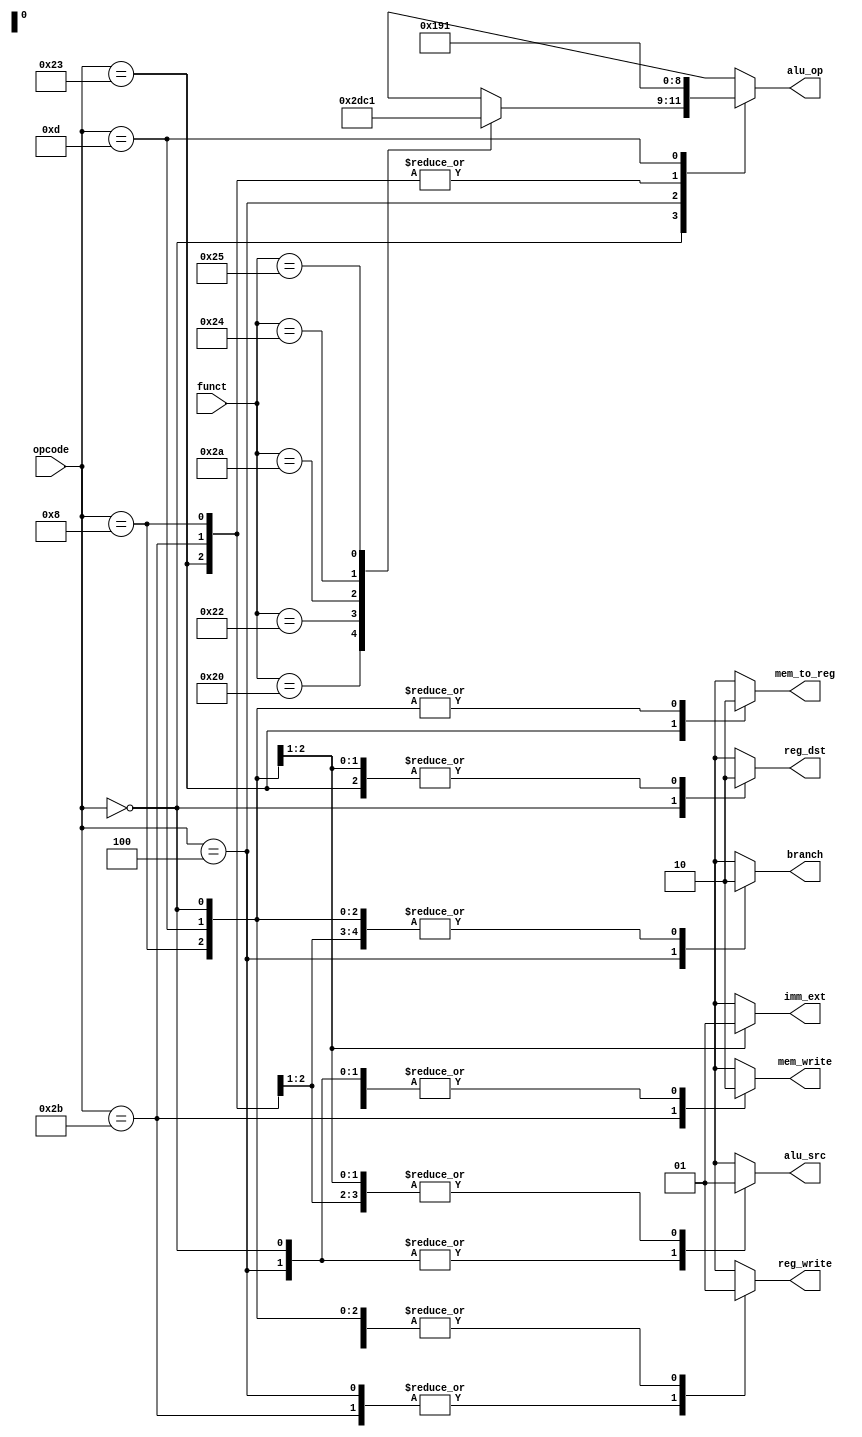
module ControlUnit(input[5:0] opcode,
		input[5:0] funct,
		output reg reg_dst,
		output reg reg_write,
		output reg alu_src,
		output reg[2:0] alu_op,
		output reg branch,
		output reg mem_write,
		output reg mem_to_reg,
		output reg imm_ext);

	always @(opcode, funct) begin
		
		// Make sure that all output have an initial value assigned in
		// order to prevent synthesis of sequential logic.
		reg_dst = 1'bx;
		reg_write = 1'bx;
		alu_src = 1'bx;
		alu_op = 3'bxxx;
		branch = 1'bx;
		mem_write = 1'bx;
		mem_to_reg = 1'bx;
		imm_ext = 1'bx;

		// Check opcode
		case (opcode)

			// If opcode is 0, check funct
			6'h00: begin

				// Common signals
				reg_dst = 1;
				reg_write = 1;
				alu_src = 0;
				branch = 0;
				mem_write = 0;
				mem_to_reg = 0;
			
				// ALU operation depends on funct
				case (funct)

					// add
					6'h20: begin
						alu_op = 3'b010;
						$display("\tInstruction 'add'");
					end

					// sub
					6'h22: begin
						alu_op = 3'b110;
						$display("\tInstruction 'sub'");
					end

					// slt
					6'h2a: begin
						alu_op = 3'b111;
						$display("\tInstruction 'slt'");
					end

					// and
					6'h24: begin
						alu_op = 3'b000;
						$display("\tInstruction 'and'");
					end

					// or
					6'h25: begin
						alu_op = 3'b001;
						$display("\tInstruction 'or'");
					end
				endcase
			end

			// lw
			6'h23: begin
				reg_dst = 0;
				reg_write = 1;
				alu_src = 1;
				alu_op = 3'b010;
				branch = 0;
				mem_write = 0;
				mem_to_reg = 1;
				$display("\tInstruction 'lw'");
			end

			// sw
			6'h2b: begin
				reg_write = 0;
				alu_src = 1;
				alu_op = 3'b010;
				branch = 0;
				mem_write = 1;
				$display("\tInstruction 'sw'");
			end

			// beq
			6'h04: begin
				reg_write = 0;
				alu_src = 0;
				alu_op = 3'b110;
				branch = 1;
				mem_write = 0;
				$display("\tInstruction 'beq'");
			end

			// addi
			6'h08: begin
				reg_dst = 0;
				reg_write = 1;
				alu_src = 1;
				alu_op = 3'b010;
				branch = 0;
				mem_to_reg = 0;
				imm_ext = 0;
				$display("\tInstruction 'addi'");
			end

			// ori
			6'h0d: begin
				reg_dst = 0;
				reg_write = 1;
				alu_src = 1;
				alu_op = 3'b001;
				branch = 0;
				mem_to_reg = 0;
				imm_ext = 1;
				$display("\tInstruction 'ori'");
			end
		endcase
	end
endmodule